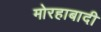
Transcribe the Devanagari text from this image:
मोरहाबादी